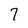
Character: 7